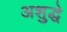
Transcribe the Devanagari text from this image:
अशुद्धे